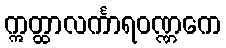
ဣတ္ထာလင်္ကာရဝဏ္ဏကေ